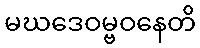
မဃဒေဝမ္ဗဝနေတိ